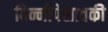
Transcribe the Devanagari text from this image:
विन्नीपेसावकी